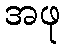
အဖု